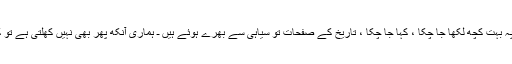
اس موضوع پہ بہت کچھ لکھا جا چکا ، کہا جا چکا ، تاریخ کے صفحات تو سیاہی سے بھرے ہوئے ہیں ـ ہماری آنکھ پھر بھی نہیں کھلتی ہے تو کیا کیا جائے۔